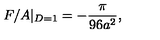
F / A | _ { D = 1 } = - { \frac { \pi } { 9 6 a ^ { 2 } } } ,